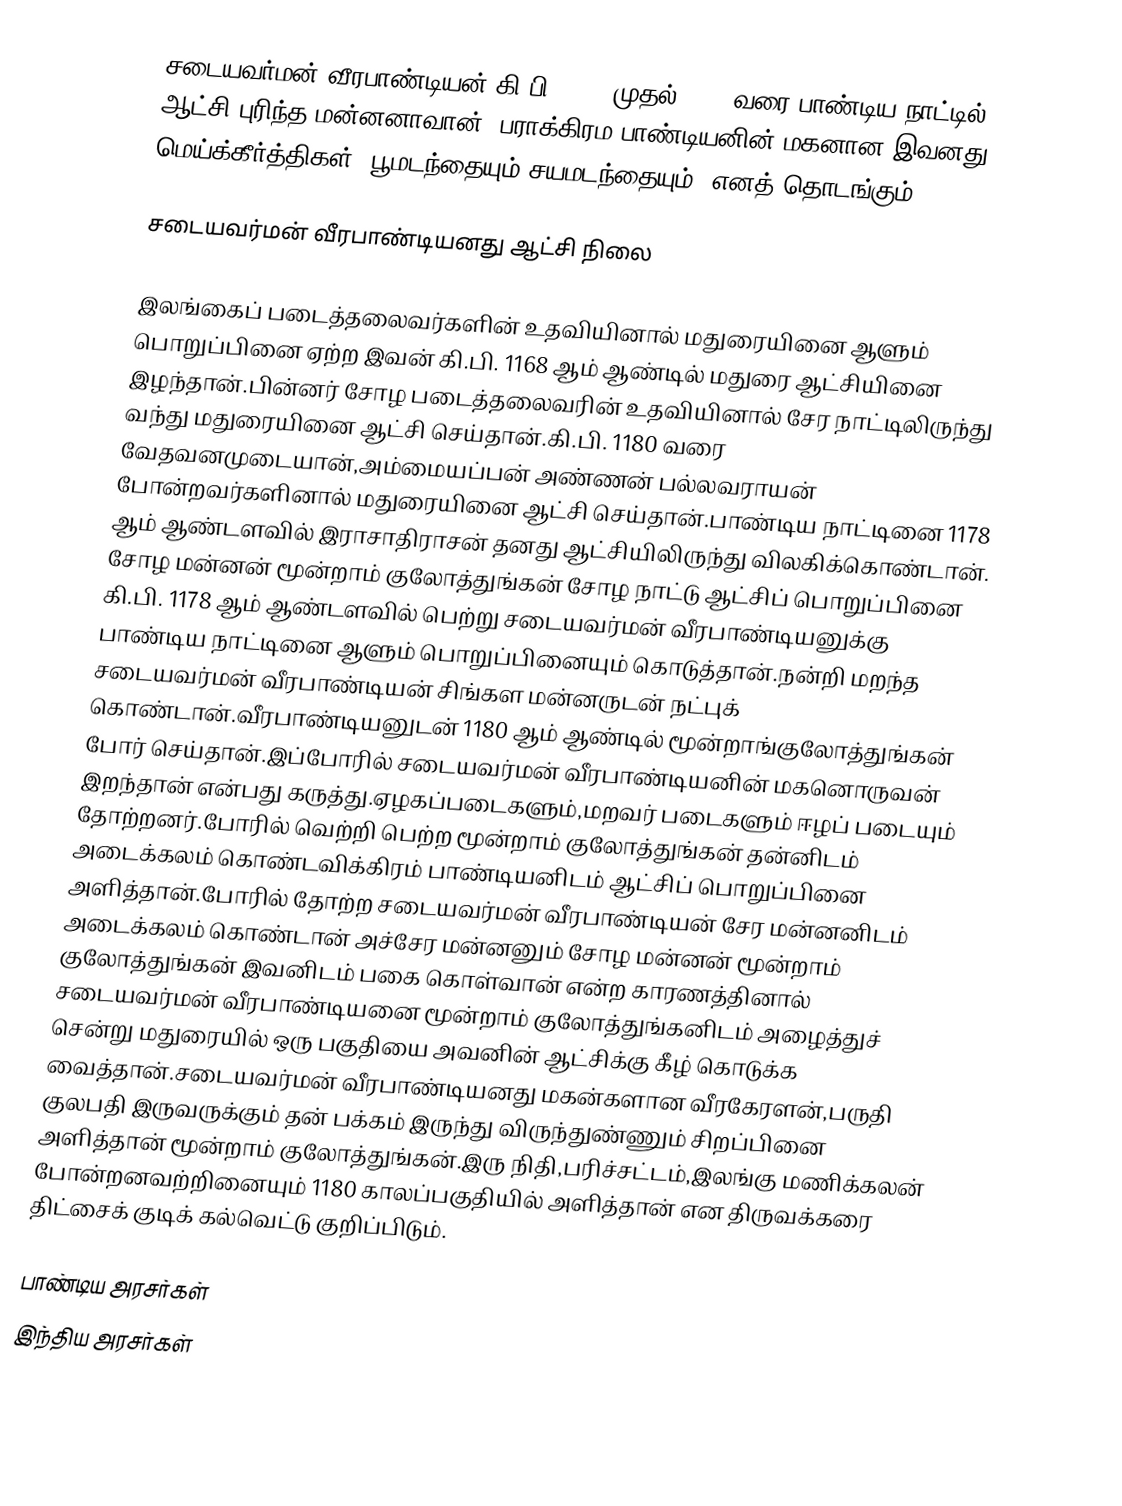
சடையவர்மன் வீரபாண்டியன் கி.பி. 1175 முதல் 1180 வரை பாண்டிய நாட்டில் ஆட்சி புரிந்த மன்னனாவான். பராக்கிரம பாண்டியனின் மகனான இவனது மெய்க்கீர்த்திகள் 'பூமடந்தையும்,சயமடந்தையும்' எனத் தொடங்கும்.

சடையவர்மன் வீரபாண்டியனது ஆட்சி நிலை

இலங்கைப் படைத்தலைவர்களின் உதவியினால் மதுரையினை ஆளும் பொறுப்பினை ஏற்ற இவன் கி.பி. 1168 ஆம் ஆண்டில் மதுரை ஆட்சியினை இழந்தான்.பின்னர் சோழ படைத்தலைவரின் உதவியினால் சேர நாட்டிலிருந்து வந்து மதுரையினை ஆட்சி செய்தான்.கி.பி. 1180 வரை வேதவனமுடையான்,அம்மையப்பன் அண்ணன் பல்லவராயன் போன்றவர்களினால்  மதுரையினை ஆட்சி செய்தான்.பாண்டிய நாட்டினை 1178 ஆம் ஆண்டளவில்  இராசாதிராசன் தனது ஆட்சியிலிருந்து விலகிக்கொண்டான். சோழ மன்னன் மூன்றாம் குலோத்துங்கன் சோழ நாட்டு ஆட்சிப் பொறுப்பினை கி.பி. 1178 ஆம் ஆண்டளவில் பெற்று சடையவர்மன் வீரபாண்டியனுக்கு பாண்டிய நாட்டினை ஆளும் பொறுப்பினையும் கொடுத்தான்.நன்றி மறந்த சடையவர்மன் வீரபாண்டியன் சிங்கள மன்னருடன் நட்புக் கொண்டான்.வீரபாண்டியனுடன் 1180 ஆம் ஆண்டில் மூன்றாங்குலோத்துங்கன் போர் செய்தான்.இப்போரில் சடையவர்மன் வீரபாண்டியனின் மகனொருவன் இறந்தான் என்பது கருத்து.ஏழகப்படைகளும்,மறவர் படைகளும் ஈழப் படையும் தோற்றனர்.போரில் வெற்றி பெற்ற மூன்றாம் குலோத்துங்கன் தன்னிடம் அடைக்கலம் கொண்டவிக்கிரம் பாண்டியனிடம் ஆட்சிப் பொறுப்பினை அளித்தான்.போரில் தோற்ற சடையவர்மன் வீரபாண்டியன் சேர மன்னனிடம் அடைக்கலம் கொண்டான் அச்சேர மன்னனும் சோழ மன்னன் மூன்றாம் குலோத்துங்கன் இவனிடம் பகை கொள்வான் என்ற காரணத்தினால் சடையவர்மன் வீரபாண்டியனை மூன்றாம் குலோத்துங்கனிடம் அழைத்துச் சென்று மதுரையில் ஒரு பகுதியை அவனின் ஆட்சிக்கு கீழ் கொடுக்க வைத்தான்.சடையவர்மன் வீரபாண்டியனது மகன்களான வீரகேரளன்,பருதி குலபதி இருவருக்கும் தன் பக்கம் இருந்து விருந்துண்ணும் சிறப்பினை அளித்தான் மூன்றாம் குலோத்துங்கன்.இரு நிதி,பரிச்சட்டம்,இலங்கு மணிக்கலன் போன்றனவற்றினையும் 1180 காலப்பகுதியில் அளித்தான் என திருவக்கரை திட்சைக் குடிக் கல்வெட்டு குறிப்பிடும்.

பாண்டிய அரசர்கள்
இந்திய அரசர்கள்